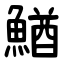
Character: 鰌